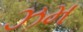
ઝમ